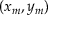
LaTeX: ( x _ { m } , y _ { m } )